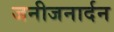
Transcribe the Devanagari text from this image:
जनीजनार्दन